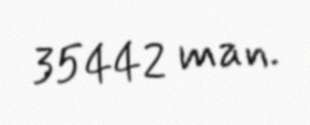
35442 man.